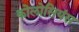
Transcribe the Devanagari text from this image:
कोलोसियंस